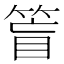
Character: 䈍